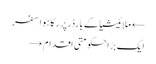
← ملائیشیا کے بارڈرپر رکا ہوا سفر
ایک بڑ احکومتی اقدام →